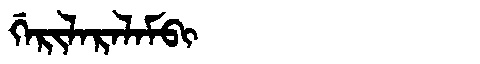
Manchu: ᡤᡝᡵᡳᠯᠠᡵᠠᠯᠠᠮᠪᡳ
Romanization: GERILARALAMBI